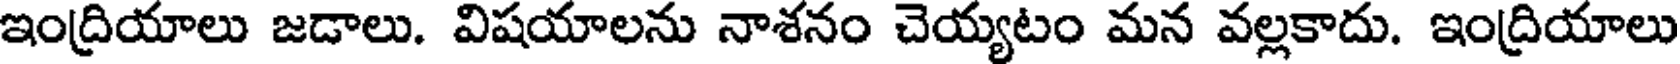
ఇంద్రియాలు జడాలు. విషయాలను నాశనం చెయ్యటం మన వల్లకాదు. ఇంద్రియాలు